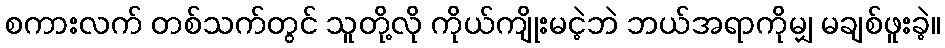
စကားလက် တစ်သက်တွင် သူတို့လို ကိုယ်ကျိုးမငဲ့ဘဲ ဘယ်အရာကိုမျှ မချစ်ဖူးခဲ့။